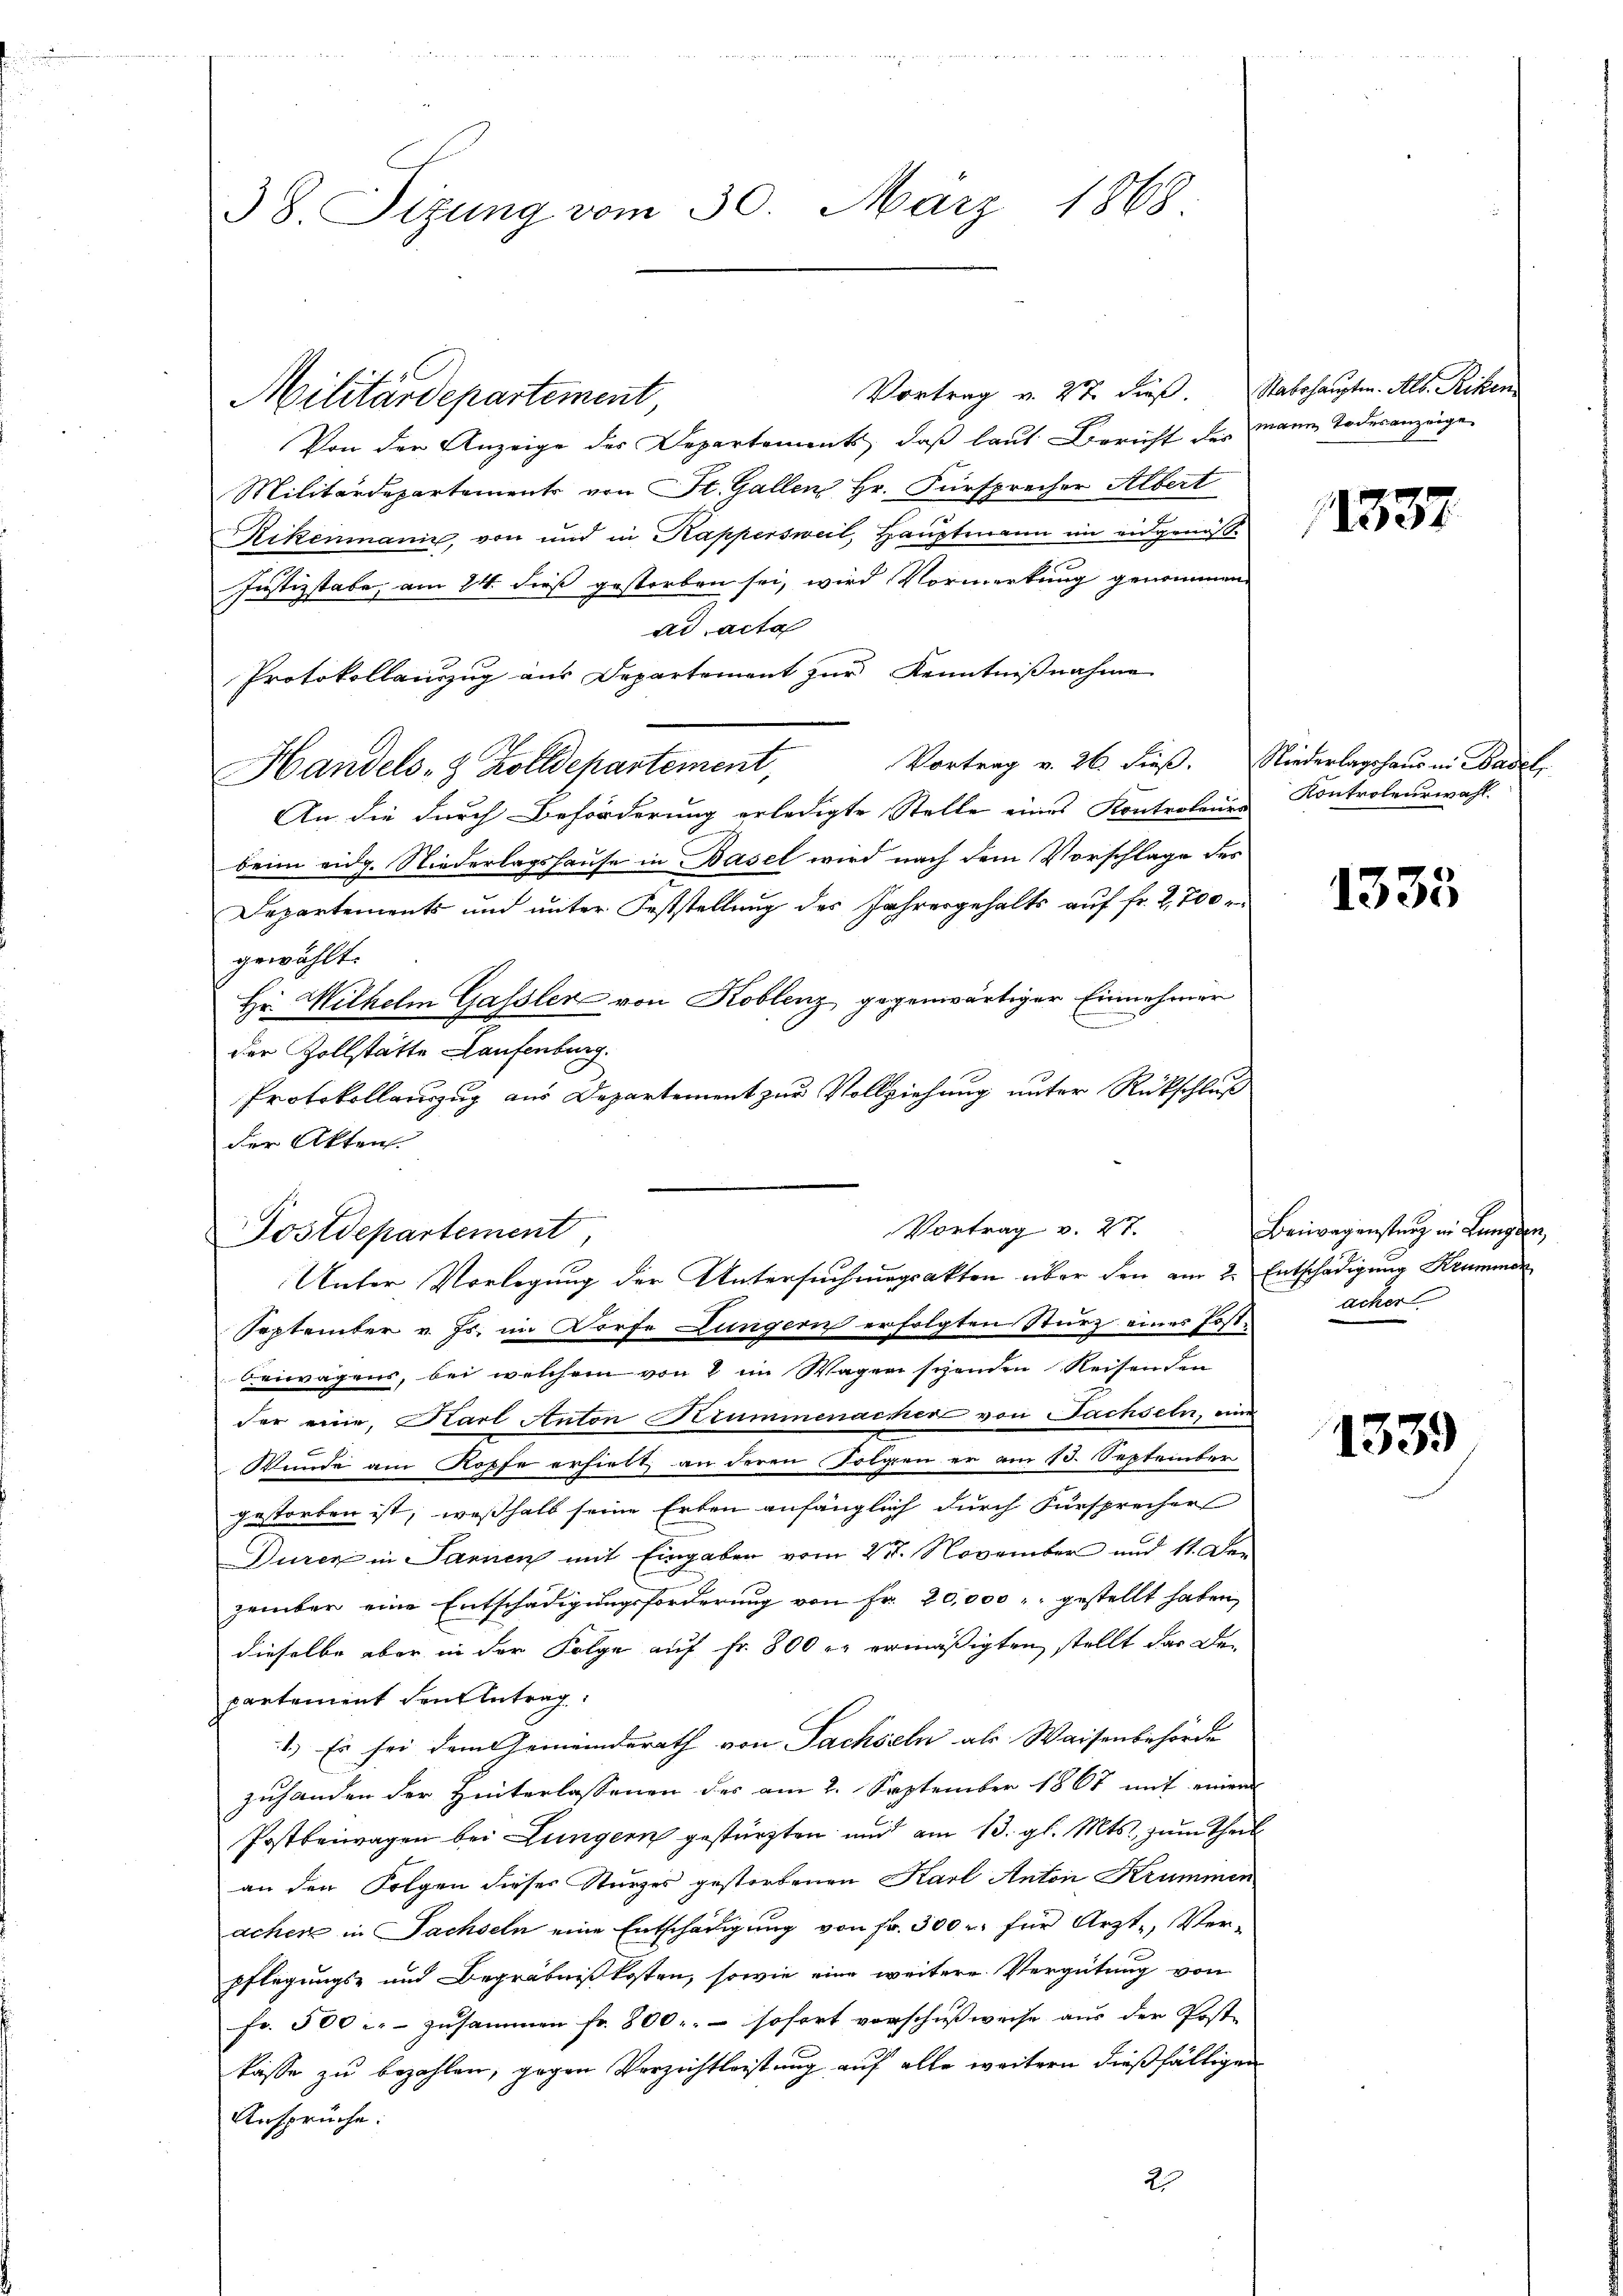
38. Sizung vom 30. März 1868.

Vortrag v. 27. dieß. Stabshauptm. Alb. Riken
Militärdepartement,
Von der Anzeige des Departements, daß laut Bericht des Mann Todesanzeige
Militärdepartements von St. Gallen Hr. Fürsprecher Albert
Kikenmanin, von und in Kappersweil, Hauptmann im eidgenöß
Justizstabe, am 24. dieß gestorben sei, wird Vormerkung genommen,
ad acta
Protokollauszug aus Departement zur Kenntnißnahme
Vortrag v. 26 dieβ. Niederlagshaus in Basel,
Handels- & Zolldepartement,
An die durch Beförderung erledigte Stelle eines Kontrolener
beim eidg. Niederlagshause in Basel wird nach dem Vorschlage des
Departements und unter Feststellung des Jahresgehalts auf fr. 2,700
gewählt.
Hr. Wilhelm Gassler von Koblenz, gegenwärtiger Einnahmer
der Zollstätte Laufenburg.
Protokollauszug aus Departement zur Vollziehung unter Rückschluß
der Akten
September v. Js. im Dorfe Lungern erfolgten Sturz eines Postbeiwagens, bei welchem von 8 im Wagen schonden Reisenden
der eine Karl Anton Krummenacker von Sachseln, eine
Wunde am Kopfe ersiebt an deren Folgen er am 13. September
gestorben ist, weßhalb seine Erben anfänglich durch Fürsprecher
Duren in Sarnen mit Eingaben vom 21. November und 11. Dezember eine Entschädigungsforderung von Fr. 20,000 gestellt haben,
dieselbe aber in der Folge auf Fr. 800 r. ermäßigten stellt das Departement den Antrag
1.) Es sei dem Gemeinderath von Sachseln als Waisenbehörde
zuhanden der Hinterlassenen des am 2. September 1867 mit einem
Postbeiwagen bei Lungern gestürzten und am 13. gl. Mts., zum Theil
an den Folgen dieses Sturzes gestorbenen Karl Anton Krummen
acher in Sachseln eine Entschädigung von Fr. 300 für Arzt- Ver-
pflegungs- und Begräbnißkosten, sowie eine weitere Vergütung von
fr. 500 u. zusammen fr. 800. – sofort vorschußweise aus der Post-
kasse zu bezahlen, gegen Verzichtleistung auf alle weitern dießfälligen
Ansprüche.
27

Vortrag v. 27.
Postdepartement,
Unter Vorlegung der Untersuchmagsakten über den am 2. Entschädigung Krummer

12537

Kontroleurwahl.

1335

Beiwegenstung in Lungen,
Acher

1339